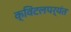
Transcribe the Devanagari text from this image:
क्विंटलपर्यंत